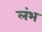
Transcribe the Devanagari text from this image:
लंभ